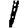
Digit: 1